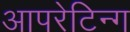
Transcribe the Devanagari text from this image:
आपरेटिन्ग